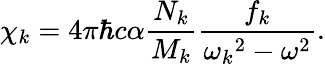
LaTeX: \chi_{k}=4\pi\hbar c\alpha\frac{N_{k}}{M_{k}}\frac{f_{k}}{{\omega_{k}}^{2}-\omega^{2}}.